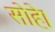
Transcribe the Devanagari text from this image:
सोहे।